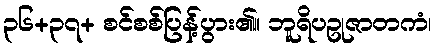
၃၆+၃၇+ စင်စစ်ပြန့်ပွား၏။ ဘူရိပဥုဇာတကံ၊